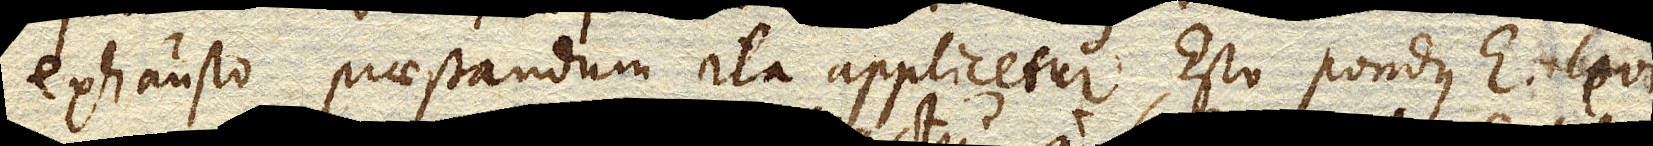
exhausto praestandum ita applicetur. Esto pondus e. levi